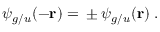
\psi _ { g / u } ( - { \mathbf { r } } ) = { } \pm \psi _ { g / u } ( { \mathbf { r } } ) \; .